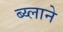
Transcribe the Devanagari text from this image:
ब्य्लाने